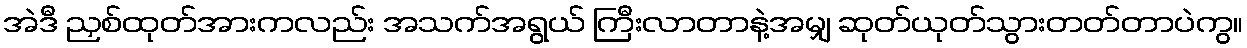
အဲဒီ ညှစ်ထုတ်အားကလည်း အသက်အရွယ် ကြီးလာတာနဲ့အမျှ ဆုတ်ယုတ်သွားတတ်တာပဲကွ။